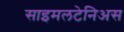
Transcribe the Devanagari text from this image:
साइमलटेनिअस